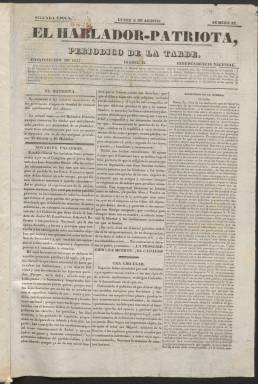
Título: El Hablador-patriota (Madrid)
Otros títulos: El Patriota || El Patriota (Madrid. 1841) || El Hablador Patriota || El Hablador Patriota
Colección: Periódicos anteriores a 1850
Ámbito geográfico: Madrid
Lugar de publicación: Madrid
Fechas: 02/08/1841-30/12/1841